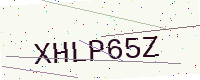
Text: XHLP65Z